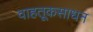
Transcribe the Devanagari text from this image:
वाहतूकसाधन